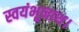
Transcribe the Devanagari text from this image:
स्वयंभूनाथ।